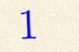
1